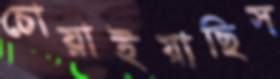
চোয়াইয়াছিস